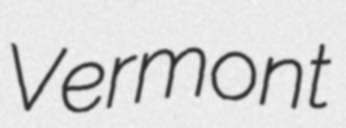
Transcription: Vermont